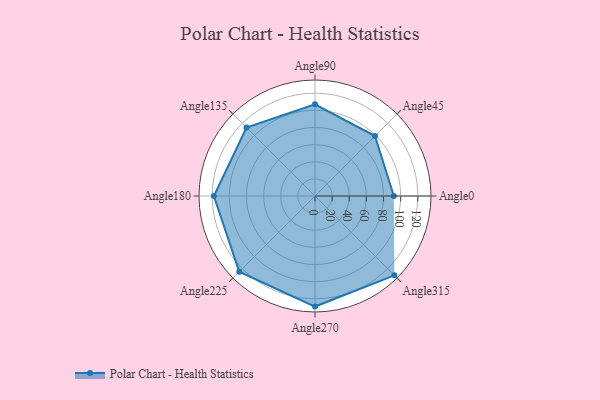
{"axis": {"x": "Angle", "y": "Radius"}, "legend": [""], "data": [{"x": "Angle0", "y": 92.0, "type": ""}, {"x": "Angle45", "y": 99.0, "type": ""}, {"x": "Angle90", "y": 107.0, "type": ""}, {"x": "Angle135", "y": 113.0, "type": ""}, {"x": "Angle180", "y": 118.0, "type": ""}, {"x": "Angle225", "y": 125.0, "type": ""}, {"x": "Angle270", "y": 129.0, "type": ""}, {"x": "Angle315", "y": 131.0, "type": ""}]}